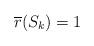
LaTeX: \begin{align*}\overline{r} (S_k) = 1\end{align*}